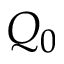
Q _ { 0 }